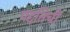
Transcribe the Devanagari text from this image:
पद्दतिची